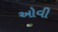
ઓવી